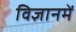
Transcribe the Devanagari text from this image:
विज्ञानमें